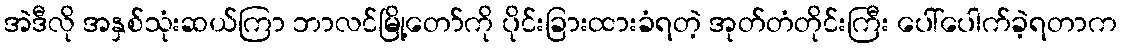
အဲဒီလို အနှစ်သုံးဆယ်ကြာ ဘာလင်မြို့တော်ကို ပိုင်းခြားထားခံရတဲ့ အုတ်တံတိုင်းကြီး ပေါ်ပေါက်ခဲ့ရတာက